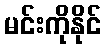
မင်းကိုနိုင်